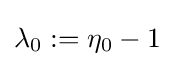
\lambda _{0}:=\eta _{0}-1